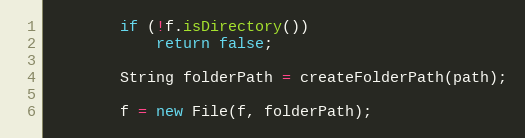
Language: Java
        if (!f.isDirectory())
            return false;

        String folderPath = createFolderPath(path);

        f = new File(f, folderPath);